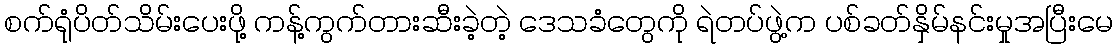
စက်ရုံပိတ်သိမ်းပေးဖို့ ကန့်ကွက်တားဆီးခဲ့တဲ့ ဒေသခံတွေကို ရဲတပ်ဖွဲ့က ပစ်ခတ်နှိမ်နင်းမှုအပြီးမေ